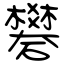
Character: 礬